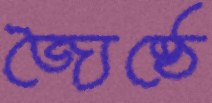
জ্যৈষ্ঠে